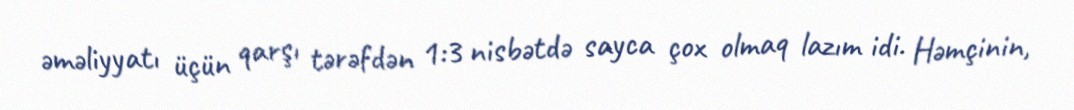
əməliyyatı üçün qarşı tərəfdən 1:3 nisbətdə sayca çox olmaq lazım idi. Həmçinin,